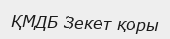
ҚМДБ Зекет қоры